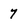
Character: 7